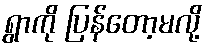
ရွာကို ပြန်တော့မလို့